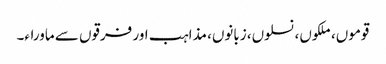
قوموں، ملکوں، نسلوں، زبانوں، مذاہب اور فرقوں سے ماوراء۔